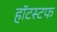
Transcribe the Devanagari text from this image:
हॉटस्टफ